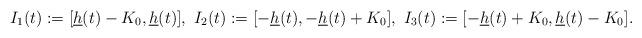
LaTeX: \begin{align*}I_1(t):=[\underline h(t)-K_0,\underline h(t)], \ I_2(t):= [-\underline h(t),-\underline h(t)+K_0], \ I_3(t):=[-\underline h(t)+K_0,\underline h(t)-K_0].\end{align*}